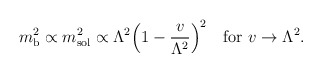
\begin{align*}m_{\rm b}^{2}\propto m_{\rm sol}^{2} \propto \Lambda^{2}\Bigl( 1-{v\over\Lambda^{2}}\Bigr) ^{2} \quad {\rm for\ } v\rightarrow\Lambda^{2} .\end{align*}